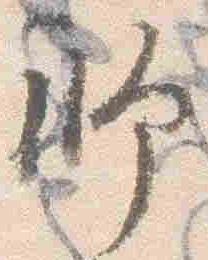
師